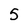
Character: 5